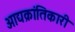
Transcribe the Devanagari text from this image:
आद्यक्रांतिकारी